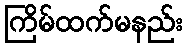
ကြိမ်ထက်မနည်း